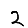
Digit: 2